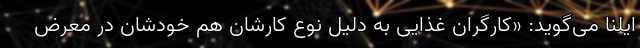
ایلنا می‌گوید: «کارگران غذایی به دلیل نوع کارشان هم خودشان در معرض